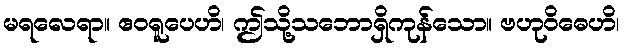
မရလေရာ။ ဧဝရူပေဟိ၊ ဤသို့သဘောရှိကုန်သော။ ဗဟုဝိဓေဟိ၊